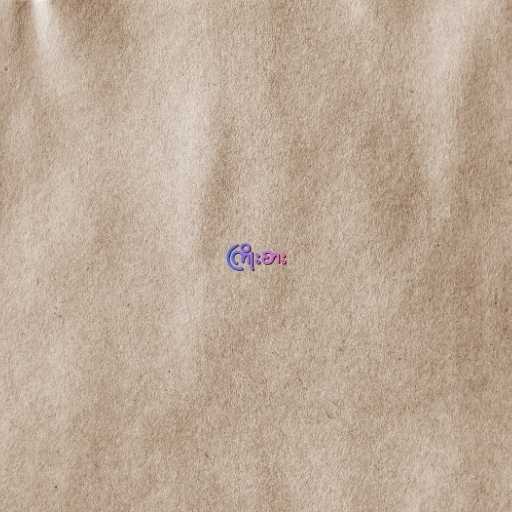
ကြိုးစား